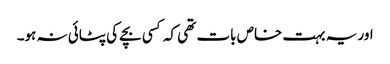
اور یہ بہت خاص بات تھی کہ کسی بچے کی پٹائی نہ ہو۔